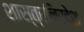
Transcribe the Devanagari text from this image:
शास्त्रनिर्देश